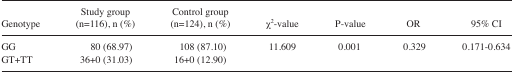
<table><thead><tr><td><b>Genotype</b></td><td><b>Study group (n=116), n (%)</b></td><td><b>Control group (n=124), n (%)</b></td><td><b>χ<sup>2</sup>-value</b></td><td><b>P-value</b></td><td><b>OR</b></td><td><b>95% CI</b></td></tr></thead><tbody><tr><td>GG</td><td>80 (68.97)</td><td>108 (87.10)</td><td>11.609</td><td>0.001</td><td>0.329</td><td>0.171–0.634</td></tr><tr><td>GT+TT</td><td>36+0 (31.03)</td><td>16+0 (12.90)</td><td></td><td></td><td></td><td></td></tr></tbody></table>